Report of the Imperial Institute of Veterinary Research, Muktesar
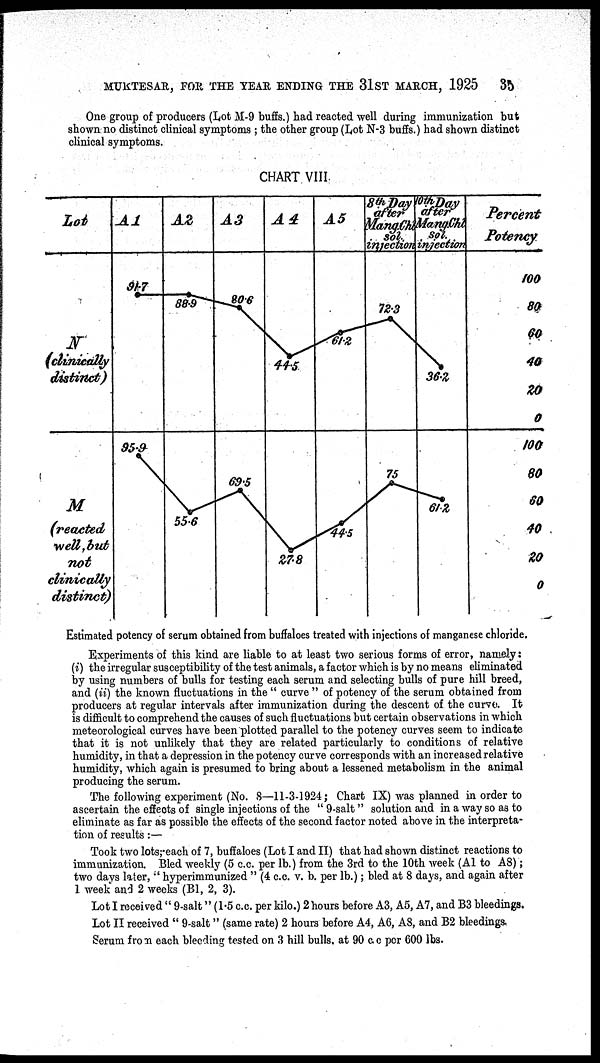
MUKTESAR, FOR THE YEAR ENDING THE 31ST MARCH, 1925 35
One group of producers (Lot M-9 buffs.) had reacted well during immunization but
shown no distinct clinical symptoms ; the other group (Lot N-3 buffs.) had shown distinct
clinical symptoms.
Estimated potency of serum obtained from buffaloes treated with injections of manganese chloride
Experiments of this kind are liable to at least two serious forms of error, namely:
(i) the irregular susceptibility of the test animals, a factor which is by no means eliminated
by using numbers of bulls for testing each serum and selecting bulls of pure hill breed,
and (ii) the known fluctuations in the " curve " of potency of the serum obtained from
producers at regular intervals after immunization during the descent of the curve. It
is difficult to comprehend the causes of such fluctuations but certain observations in which
meteorological curves have been plotted parallel to the potency curves seem to indicate
that it is not unlikely that they are related particularly to conditions of relative
humidity, in that a depression in the potency curve corresponds with an increased relative
humidity, which again is presumed to bring about a lessened metabolism in the animal
producing the serum.
The following experiment (No. 8—11-3-1924; Chart IX) was planned in order to
ascertain the effects of single injections of the " 9-salt" solution and in a way so as to
eliminate as far as possible the effects of the second factor noted above in the interpreta-
tion of results:—
Took two lots;each of 7, buffaloes (Lot I and II) that had shown distinct reactions to
immunization. Bled weekly (5 c.c. per lb.) from the 3rd to the 10th week (A1 to A8);
two days later," hyperimmunized " (4 c.c. v. b. per lb.); bled at 8 days, and again after
1 week and 2 weeks (B1, 2, 3).
Lot I received " 9-salt" (1.5 c.c. per kilo.) 2hours before A3, A5, A7, and B3 bleedings.
Lot II received " 9-salt " (same rate) 2 hours before A4, A6, A8, and B2 bleedings.
Serum from each bleeding tested on 3 hill bulls, at 90 c. c per 600 lbs.